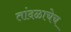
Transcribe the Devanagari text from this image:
तांदळाचेच